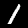
Label: 1